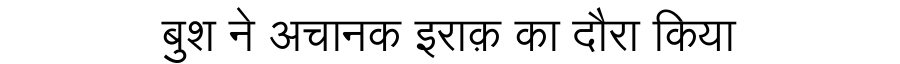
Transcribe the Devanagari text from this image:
बुश ने अचानक इराक़ का दौरा किया